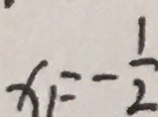
x _ { 1 } = - \frac { 1 } { 2 }